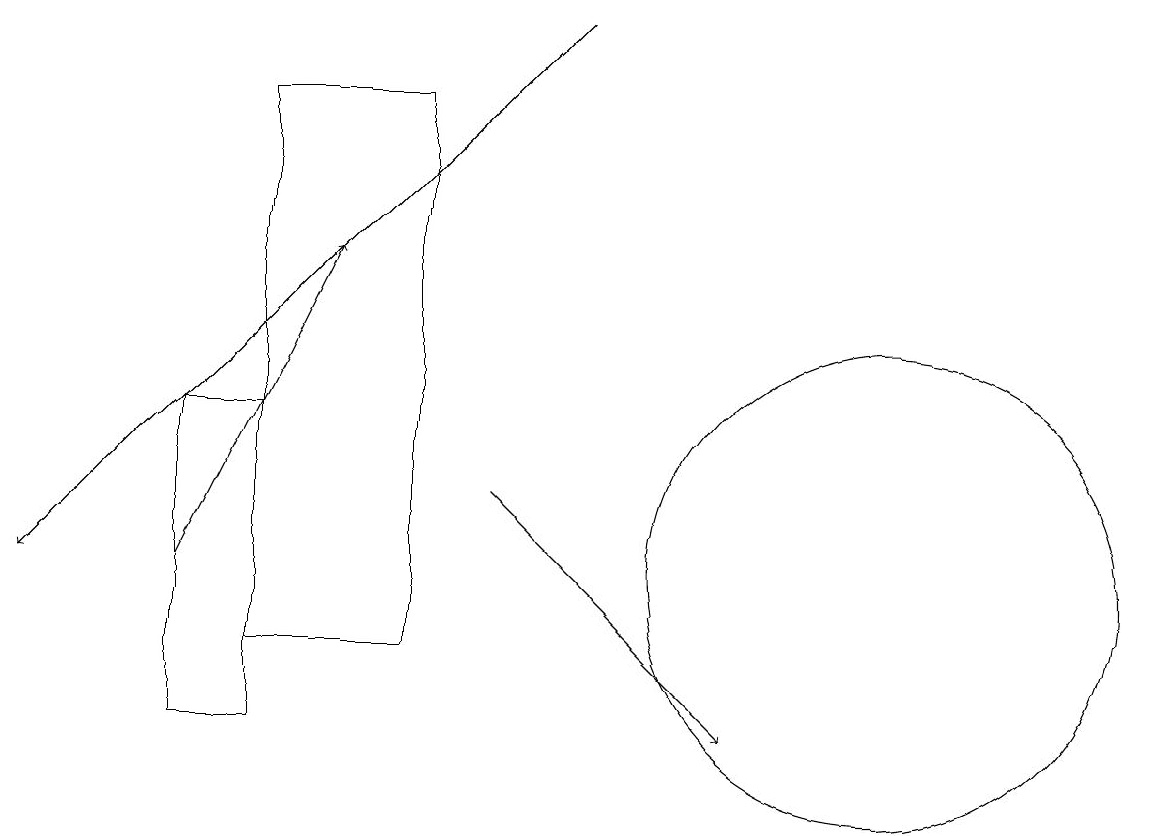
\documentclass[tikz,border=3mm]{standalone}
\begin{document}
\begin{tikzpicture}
\draw[->] (2,12) -- (4,16);
\draw (2,14) rectangle (3,10);
\draw[->] (6,13) -- (9,10);
\draw (11,12) circle (3);
\draw[->] (7,19) -- (0,12);
\draw (3,18) rectangle (5,11);
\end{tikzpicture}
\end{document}